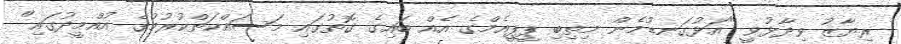
ރިޔާޒު ވިދާޅުވީ "އަޅުގަނޑުމެން މިތިބި ޕީޕީއެމްގެ އެއް ބައިގެ ގޮތުގައި މަސައްކަތްކުރުމުގެ އުއްމީދުގައި"